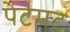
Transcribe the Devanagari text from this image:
पेटमट